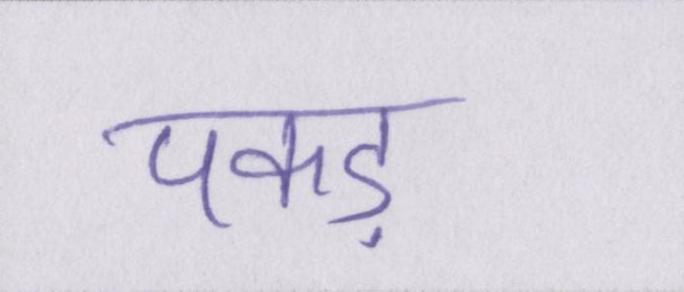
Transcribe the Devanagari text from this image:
पकड़